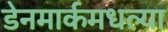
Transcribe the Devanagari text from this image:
डेनमार्कमधल्या